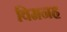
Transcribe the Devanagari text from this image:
विमनह